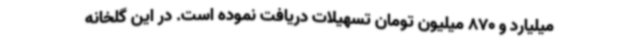
میلیارد و 870 میلیون تومان تسهیلات دریافت نموده است. در این گلخانه